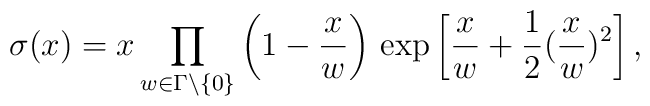
\sigma (x)=x\prod_{w\in \Gamma \setminus \{0\}}\left(1-\frac{x}{w}\right)\,\exp \left[ \frac{x}{w}+\frac{1}{2}(\frac{x}{w})^{2}\right],